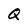
Character: Q